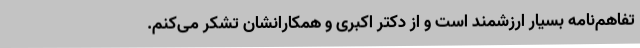
تفاهم‌نامه بسیار ارزشمند است و از دکتر اکبری و همکارانشان تشکر می‌کنم.